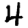
Digit: 4